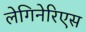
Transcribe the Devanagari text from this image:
लेगिनेरिएस